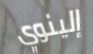
إلينوي